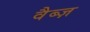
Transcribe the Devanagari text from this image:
वैब्ज़